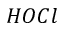
H O C l